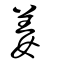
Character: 姜